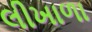
લીખાળા